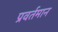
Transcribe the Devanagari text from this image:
प्रवर्तमान